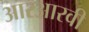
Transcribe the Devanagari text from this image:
आरआरवी